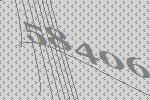
58406